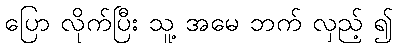
ပြော လိုက်ပြီး သူ့ အမေ ဘက် လှည့် ၍